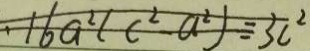
. 1 6 a ^ { 2 } ( c ^ { 2 } - a ^ { 2 } ) = 3 c ^ { 2 }